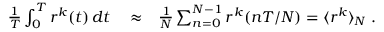
\begin{array} { r l r } { \frac { 1 } { T } \int _ { 0 } ^ { T } r ^ { k } ( t ) \, d t } & { { } \approx } & { \frac { 1 } { N } \sum _ { n = 0 } ^ { N - 1 } r ^ { k } ( n T / N ) = \langle r ^ { k } \rangle _ { N } \; . } \end{array}